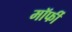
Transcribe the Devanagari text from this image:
मॉर्फी